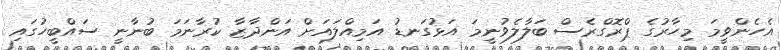
އެހެންވީމަ މިހާރުގެ ޕްރޮގްރެސް ބަލާލެވުނީމަ އަޅުގަނޑު އަމިއްލައަށް އަންދާޒާ ކުރާނަމަ ބުނާނީ ސައްބީހުގައި